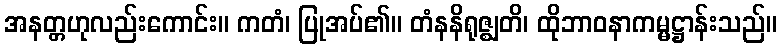
အနတ္တဟုလည်းကောင်း။ ကတံ၊ ပြုအပ်၏။ တံနနိရုဇ္ဈတိ၊ ထိုဘာဝနာကမ္မဋ္ဌာန်းသည်။